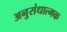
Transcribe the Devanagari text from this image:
अनुसंधात्मक